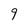
Character: 9